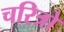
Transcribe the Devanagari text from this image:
चरित्रो